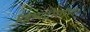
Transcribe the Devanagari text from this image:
प्रहृष्यद्रोमाणः